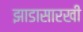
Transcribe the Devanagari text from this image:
झाडासारखी